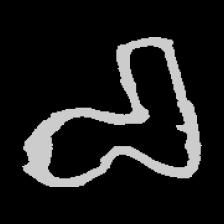
Pyu character \u2014 Myanmar letter: စ (romanized: ca)